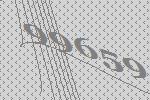
99659